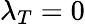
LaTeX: \lambda_{T}=0